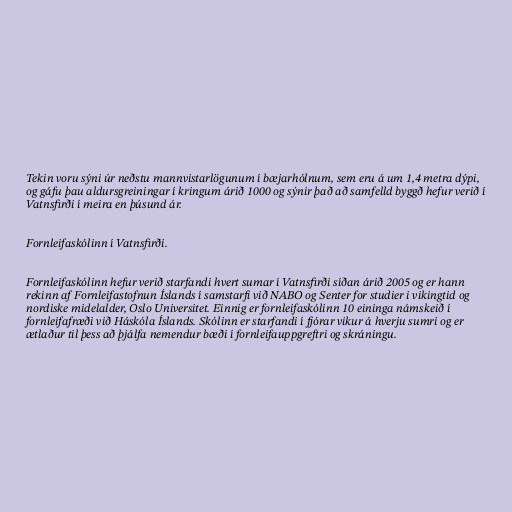
Tekin voru sýni úr neðstu mannvistarlögunum í bæjarhólnum, sem eru á um 1,4 metra dýpi,
og gáfu þau aldursgreiningar í kringum árið 1000 og sýnir það að samfelld byggð hefur verið í
Vatnsfirði í meira en þúsund ár.

Fornleifaskólinn í Vatnsfirði.

Fornleifaskólinn hefur verið starfandi hvert sumar í Vatnsfirði síðan árið 2005 og er hann
rekinn af Fornleifastofnun Íslands í samstarfi við NABO og Senter for studier i vikingtid og
nordiske midelalder, Oslo Universitet. Einnig er fornleifaskólinn 10 eininga námskeið í
fornleifafræði við Háskóla Íslands. Skólinn er starfandi í fjórar vikur á hverju sumri og er
ætlaður til þess að þjálfa nemendur bæði í fornleifauppgreftri og skráningu.